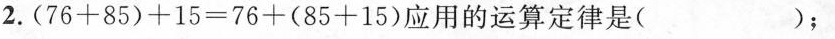
2. $$(76+85)+15=76+(85+15)$$应用的运算定律是（）；